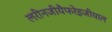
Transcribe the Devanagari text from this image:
लरीनजीयैफरेइजीयाल